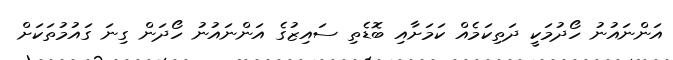
އަންނައުނު ހޯދުމަކީ ދަތިކަމެއް ކަމަށާއި ބޮޑެތި ސައިޒުގެ އަންނައުނު ހޯދަން ގިނަ ގައުމުތަކަށް